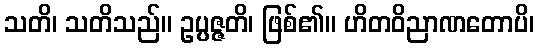
သတိ၊ သတိသည်။ ဥပ္ပဇ္ဇတိ၊ ဖြစ်၏။ ဟိတဝိညာဏတောပိ၊